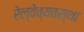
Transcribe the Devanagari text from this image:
रेल्वेव्यवस्था